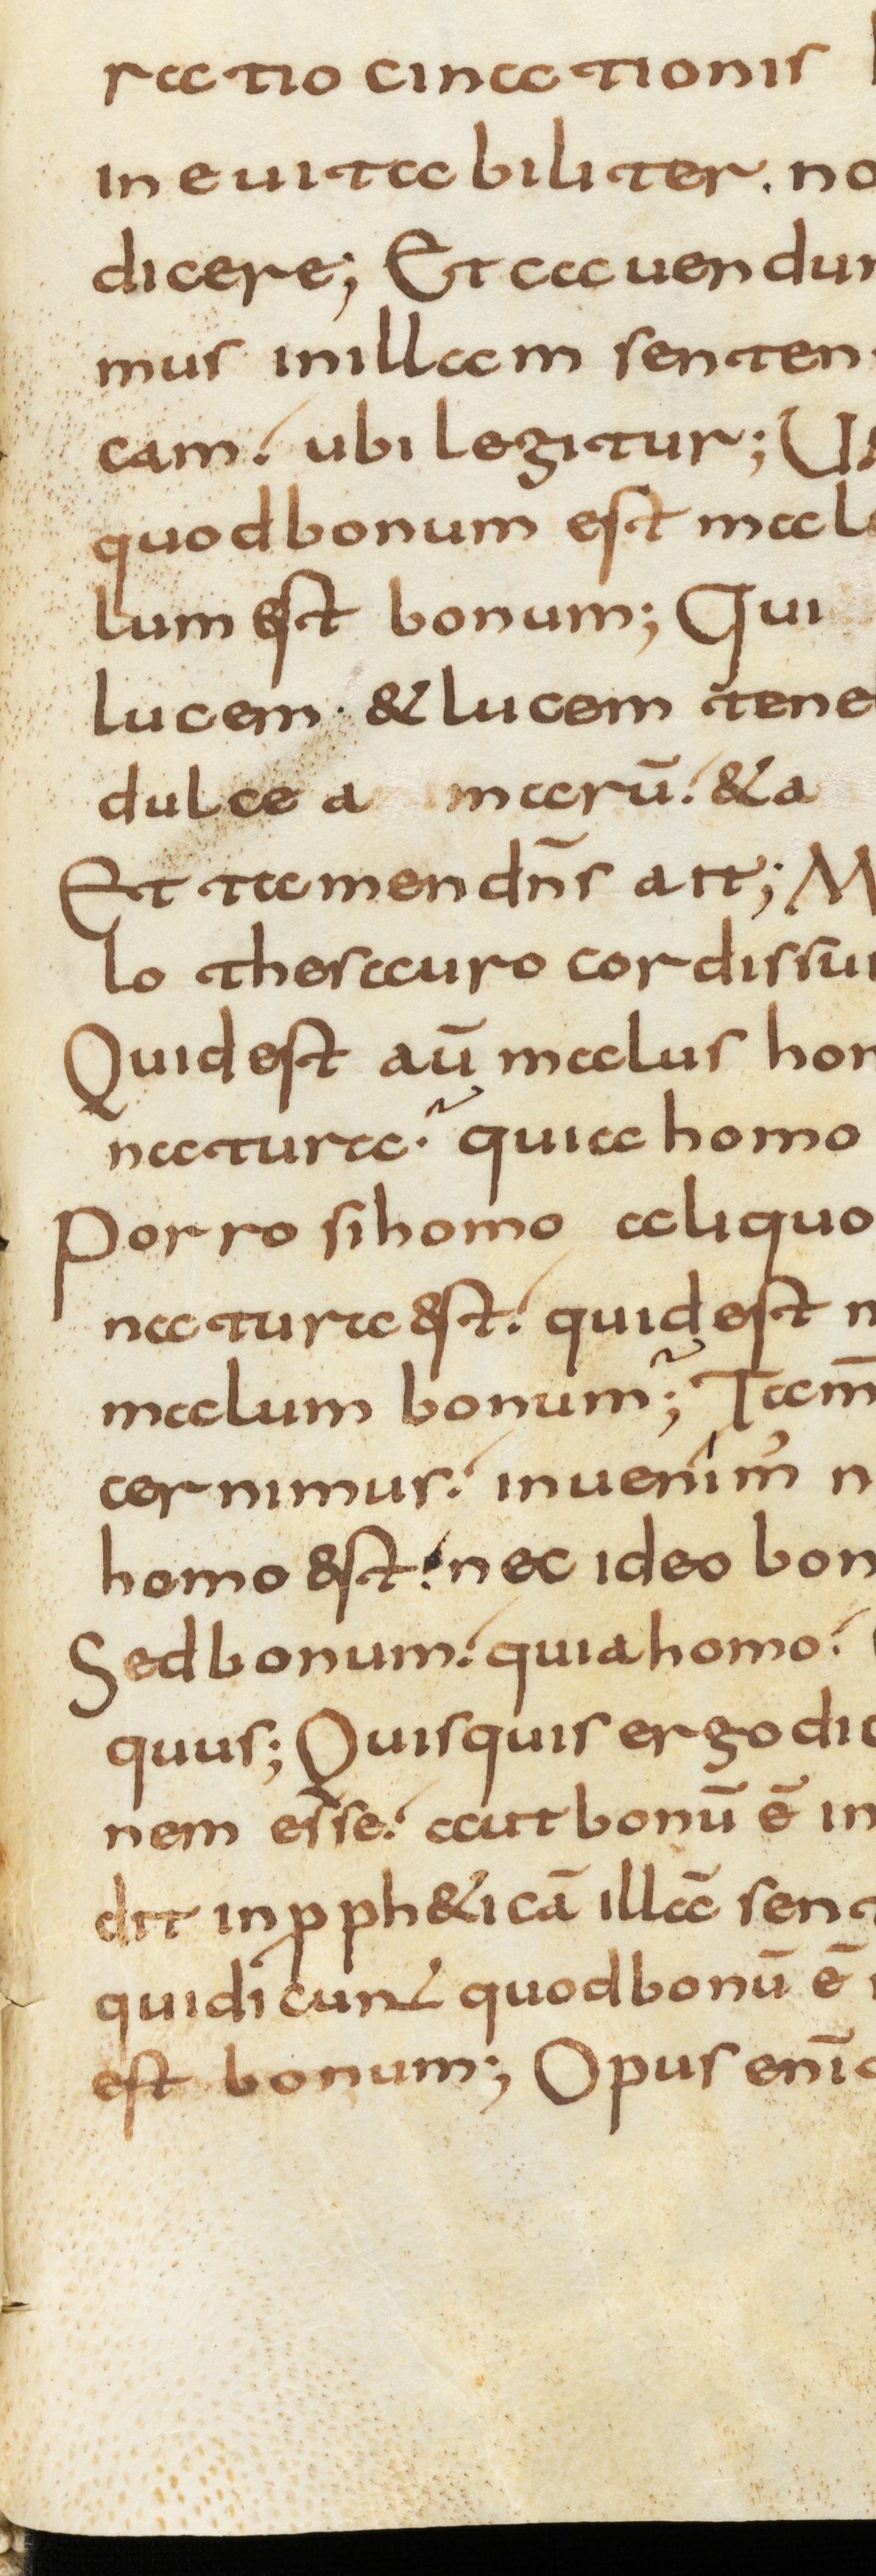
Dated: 800–1299